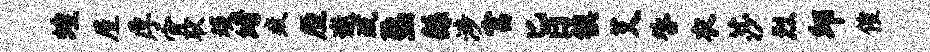
蝗屋厚宜耿琰堵疲厘邀疏塾繇涉富旨镇艾咎衣莎烈邱催